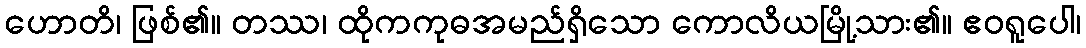
ဟောတိ၊ ဖြစ်၏။ တဿ၊ ထိုကကုဓအမည်ရှိသော ကောလိယမြို့သား၏။ ဧဝရူပေါ၊